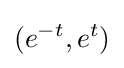
(e^{-t},e^{t})